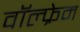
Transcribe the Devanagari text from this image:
वॉल्फ्रेम